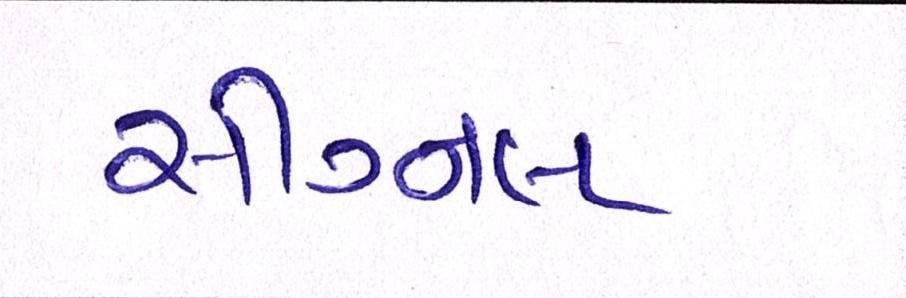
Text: સીગ્નલ